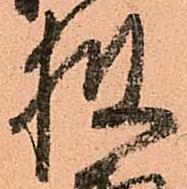
披